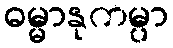
ဓမ္မာနုကမ္ပာ